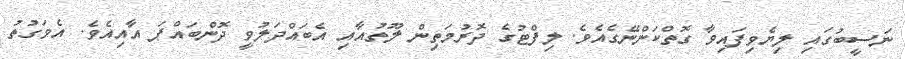
ނަސީބުގައި ލިޔެވިފައިވާ ގޮތްކަންނޭގެއެވެ. ލިފްޓުގެ ދޮރުމަތިން ލޫތުއާއި އެބައްދަލުވީ ދޮންބައްޕަ އާއިއެވެ. އެވަގުތު